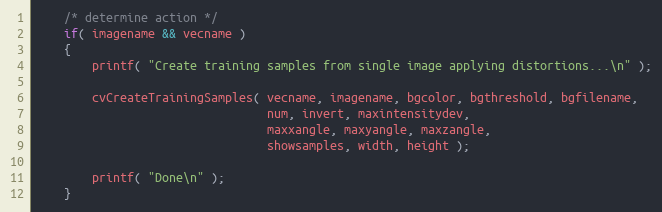
Language: C++
    /* determine action */
    if( imagename && vecname )
    {
        printf( "Create training samples from single image applying distortions...\n" );

        cvCreateTrainingSamples( vecname, imagename, bgcolor, bgthreshold, bgfilename,
                                 num, invert, maxintensitydev,
                                 maxxangle, maxyangle, maxzangle,
                                 showsamples, width, height );

        printf( "Done\n" );
    }